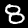
Digit: 8